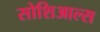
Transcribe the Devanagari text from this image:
सोशिआल्स